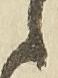
之